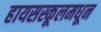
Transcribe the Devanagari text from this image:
हायसस्कूलमधून